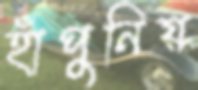
হাঁপুনিয়